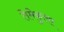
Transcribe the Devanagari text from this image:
तेमेकुला